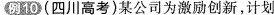
例10 (四川高考)某公司为激励创新，计划